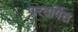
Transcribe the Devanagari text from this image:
प्ररदर्षित